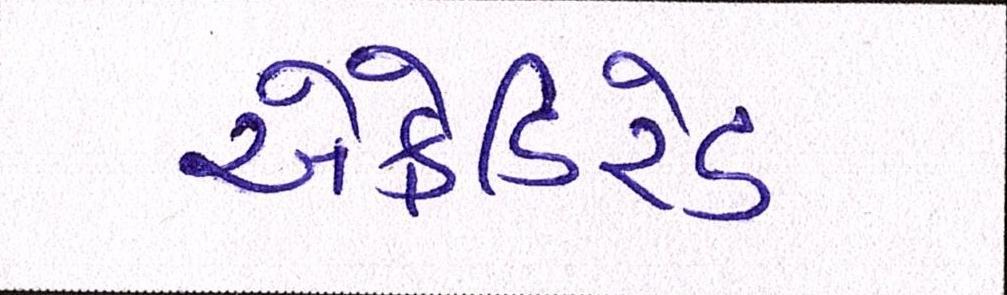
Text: એક્રેડિટેડ